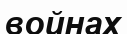
войнах